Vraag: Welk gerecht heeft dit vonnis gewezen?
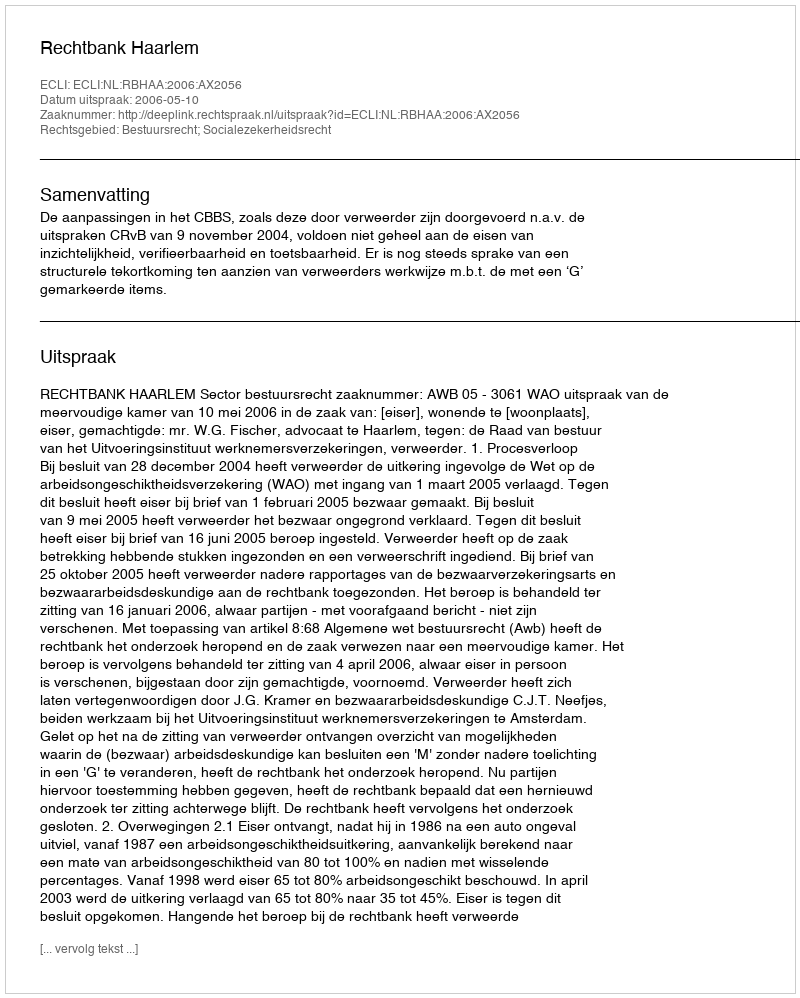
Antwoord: Rechtbank Haarlem